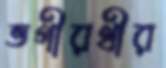
ভগীরথীর